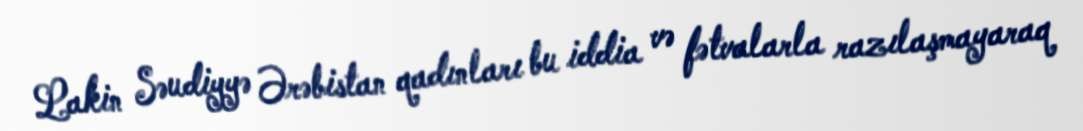
Lakin Səudiyyə Ərəbistan qadınları bu iddia və fətvalarla razılaşmayaraq